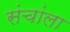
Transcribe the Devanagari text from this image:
संचांला